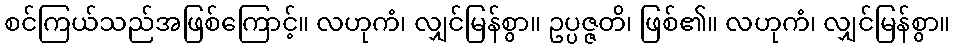
စင်ကြယ်သည်အဖြစ်ကြောင့်။ လဟုကံ၊ လျှင်မြန်စွာ။ ဥပ္ပဇ္ဇတိ၊ ဖြစ်၏။ လဟုကံ၊ လျှင်မြန်စွာ။